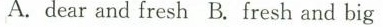
A. dear and fresh B.Fresh and big